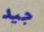
جيد